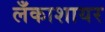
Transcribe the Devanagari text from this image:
लँकाशायर